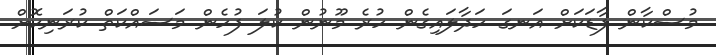
މުސްކާން ފާޑަކަށް އަނގަ ހަދާލައިގެން ހުރެ މޫނުން ކުލަ ފުހެން މަސައްކަތް ކުރަނިކޮށް